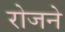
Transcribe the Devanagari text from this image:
रोजने